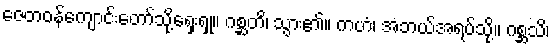
ဇေတဝန်ကျောင်းတော်သို့ရှေးရှု။ ဂစ္ဆတိ၊ သွား၏။ ကဟံ၊ အဘယ်အရပ်သို့။ ဂစ္ဆသိ၊